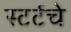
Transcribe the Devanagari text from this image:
स्टर्टचे